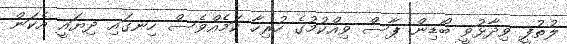
ލުތުފީ ވިދާޅުވީ ބޯޑިން ޕާސް ވިއްކުމުގެ ހުރިހާ ކަމެއްވެސް ހިނގައި ދިޔައީ އެކަން